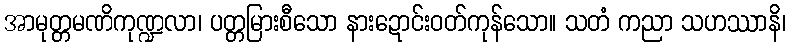
အာမုတ္တမဏိကုဏ္ဍလာ၊ ပတ္တမြားစီသော နားဍောင်းဝတ်ကုန်သော။ သတံ ကညာ သဟဿာနိ၊